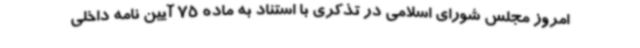
امروز مجلس شورای اسلامی در تذکری با استناد به ماده 75 آیین نامه داخلی